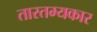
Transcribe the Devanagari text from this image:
तारतम्यकार